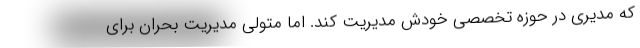
که مدیری در حوزه تخصصی خودش مدیریت کند. اما متولی مدیریت بحران برای